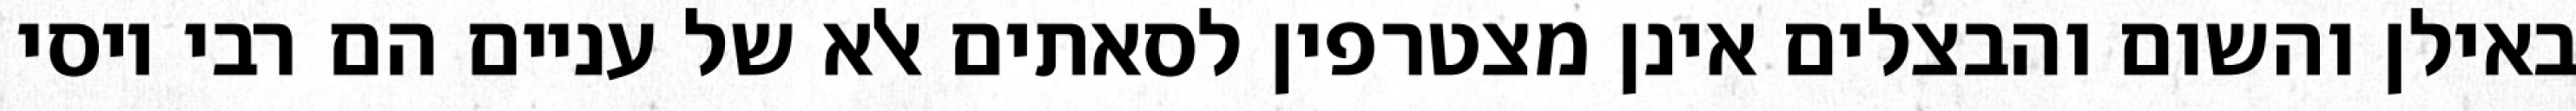
באילן והשום והבצלים אינן מצטרפין לסאתים אלא של עניים הם רבי יוסי